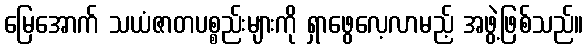
မြေအောက် သယံဇာတပစ္စည်းများကို ရှာဖွေလေ့လာမည့် အဖွဲ့ဖြစ်သည်။